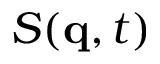
S ( \mathbf { q } , t )